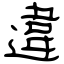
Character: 違